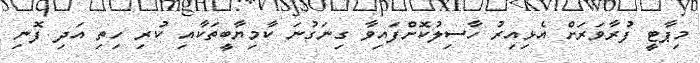
މިޕާޓީ ފުރާވަރަށް އެޅިއިރު ހާސިލުކޮށްފައިވާ ގިނަގުނަ ކާމިޔާބީތަކާއި ކުރި ހިތި އަދި ފޮނި